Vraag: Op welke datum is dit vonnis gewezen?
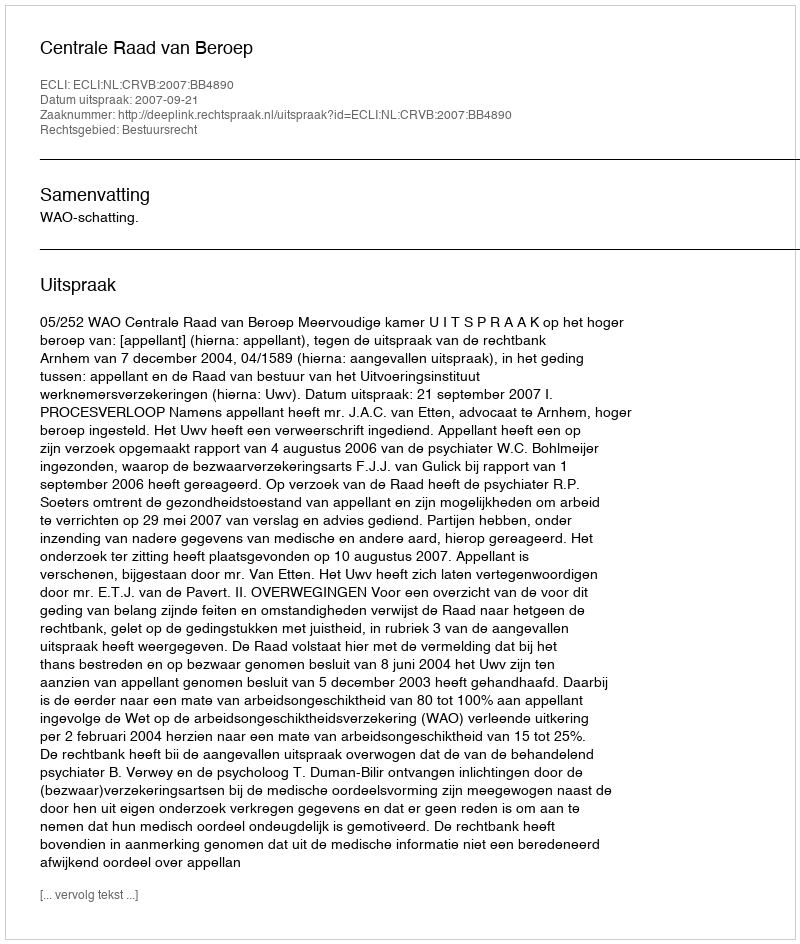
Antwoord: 2007-09-21